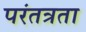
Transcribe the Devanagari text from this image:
परंतत्रता